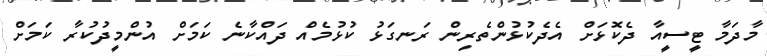
މާދަމާ ޓީސީއާ ދެކޮޅަށް އެދެކުޅުންތެރިން ރަނގަޅު ކުޅުމެއް ދައްކާނެ ކަމަށް އުންމީދުކުރާ ކަމަށް